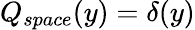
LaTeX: Q_{space}(y)=\delta(y)